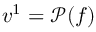
v ^ { 1 } = \mathcal { P } ( f )